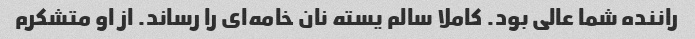
راننده شما عالی بود. کاملا سالم یسته نان خامه‌ای را رساند. از او متشکرم